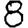
Digit: 8